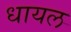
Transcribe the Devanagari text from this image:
धायल